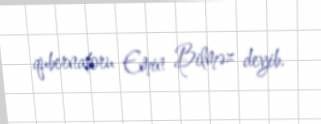
qubernatoru Emin Bilməz deyib.